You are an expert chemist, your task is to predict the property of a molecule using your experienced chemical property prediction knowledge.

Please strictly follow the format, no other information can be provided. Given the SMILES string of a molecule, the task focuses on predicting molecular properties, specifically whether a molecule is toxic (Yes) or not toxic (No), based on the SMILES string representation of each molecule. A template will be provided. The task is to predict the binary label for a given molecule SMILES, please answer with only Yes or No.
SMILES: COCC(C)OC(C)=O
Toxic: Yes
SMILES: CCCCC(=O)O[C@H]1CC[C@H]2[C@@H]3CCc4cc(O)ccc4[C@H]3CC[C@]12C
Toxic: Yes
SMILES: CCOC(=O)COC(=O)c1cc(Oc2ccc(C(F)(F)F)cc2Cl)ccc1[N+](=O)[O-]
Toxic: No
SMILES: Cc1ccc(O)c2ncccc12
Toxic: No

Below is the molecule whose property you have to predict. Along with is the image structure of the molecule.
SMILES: CC(C)(C)CC(=O)OCC(=O)[C@@]12OC(C)(C)O[C@@H]1C[C@H]1[C@@H]3CCC4=CC(=O)C=C[C@]4(C)[C@@]3(F)[C@@H](O)C[C@@]12C
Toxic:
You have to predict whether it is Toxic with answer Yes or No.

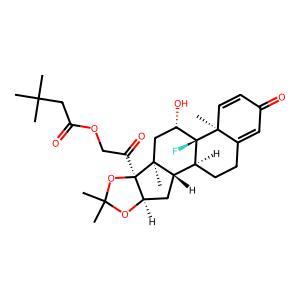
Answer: No